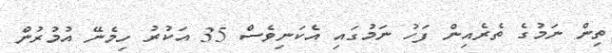
ތިން ނަމުގެ ތެރެއިން ފަހު ނަމުގައި އެކަނިވެސް 35 އަކުރު ހިމެނޭ އުމުރުން